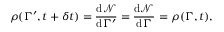
\rho ( \Gamma ^ { \prime } , t + \delta t ) = { \frac { \mathrm { d } { \mathcal { N } } } { \mathrm { d } \Gamma ^ { \prime } } } = { \frac { \mathrm { d } { \mathcal { N } } } { \mathrm { d } \Gamma } } = \rho ( \Gamma , t ) ,